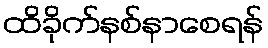
ထိခိုက်နစ်နာစေရန်